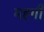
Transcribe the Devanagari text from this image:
मह्गी